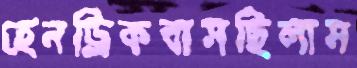
হেনড্রিকবাসছিলাম